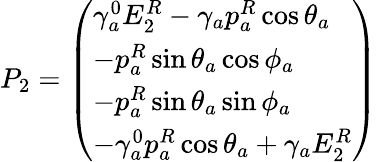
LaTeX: P_{2}=\left(\begin{array}{l}{{\gamma_{a}^{0}E_{2}^{R}-\gamma_{a}p_{a}^{R}\cos\theta_{a}}}\\ {{-p_{a}^{R}\sin\theta_{a}\cos\phi_{a}}}\\ {{-p_{a}^{R}\sin\theta_{a}\sin\phi_{a}}}\\ {{-\gamma_{a}^{0}p_{a}^{R}\cos\theta_{a}+\gamma_{a}E_{2}^{R}}}\end{array}\right)